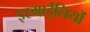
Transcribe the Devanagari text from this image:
इस्माईलियों